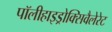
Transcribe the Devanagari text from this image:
पॉलीहाइड्रोक्सिवैलेरेट